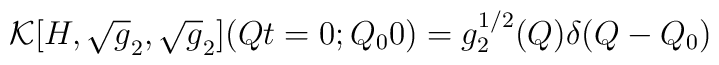
{\cal K}[H,\sqrt{g}_2,\sqrt{g}_2](Q t=0;Q_00) = g^{1/2}_2(Q) \delta (Q-Q_0)